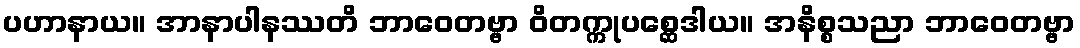
ပဟာနာယ။ အာနာပါနဿတိ ဘာဝေတဗ္ဗာ ဝိတက္ကုပစ္ဆေဒါယ။ အနိစ္စသညာ ဘာဝေတဗ္ဗာ